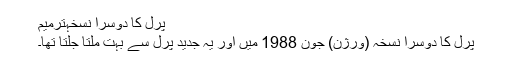
پرل کا دوسرا نسخہترميم
پرل کا دوسرا نسخہ (ورژن) جون 1988 میں اور یہ جدید پرل سے بہت ملتا جلتا تھا۔